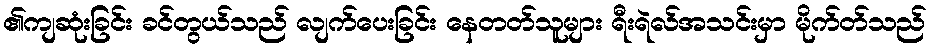
၏ကျဆုံးခြင်း ခင်တွယ်သည် လျက်ပေးခြင်း နေတတ်သူများ ရီးရဲလ်အသင်းမှာ မိုက်တ်သည်